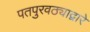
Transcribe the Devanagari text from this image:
पतपुरवठ्याद्वारे